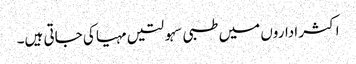
اکثر اداروں میں طبی سہولتیں مہیا کی جاتی ہیں۔